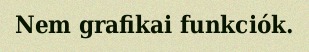
Nem grafikai funkciók.